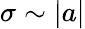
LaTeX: \sigma\sim|a|